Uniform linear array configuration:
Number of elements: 4
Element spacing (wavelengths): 0.75
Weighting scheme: cosine
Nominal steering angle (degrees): -30
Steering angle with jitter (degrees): -29.438
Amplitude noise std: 0.05
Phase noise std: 0.05

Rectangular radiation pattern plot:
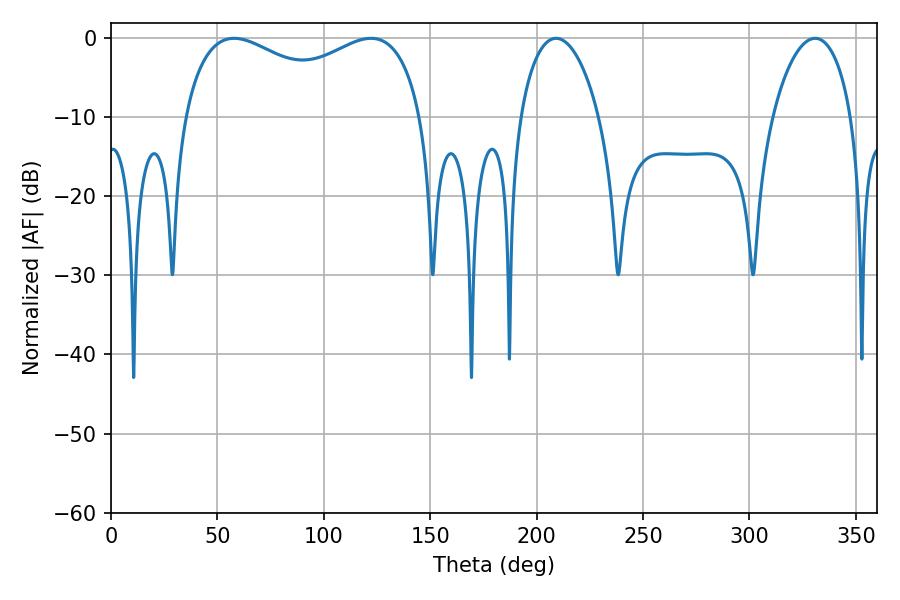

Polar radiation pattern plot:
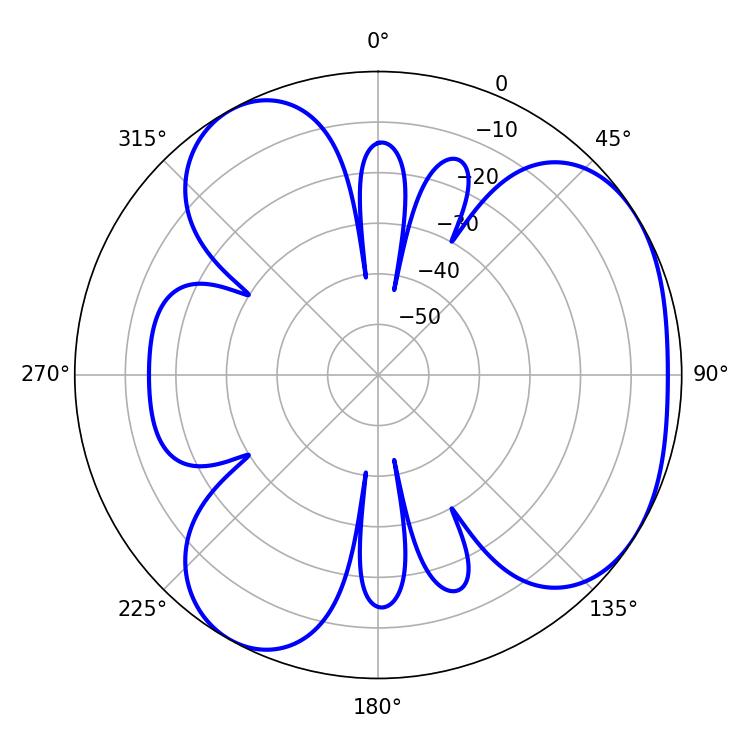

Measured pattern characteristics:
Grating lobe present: TRUE
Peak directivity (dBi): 4.233
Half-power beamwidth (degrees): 21.24
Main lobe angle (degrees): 209.16